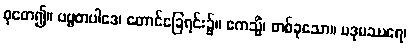
စုတေ၍။ ပဗ္ဗတပါဒေ၊ တောင်ခြေရင်း၌။ ဧကသ္မိံ၊ တစ်ခုသော။ ပဒုမဿရေ၊